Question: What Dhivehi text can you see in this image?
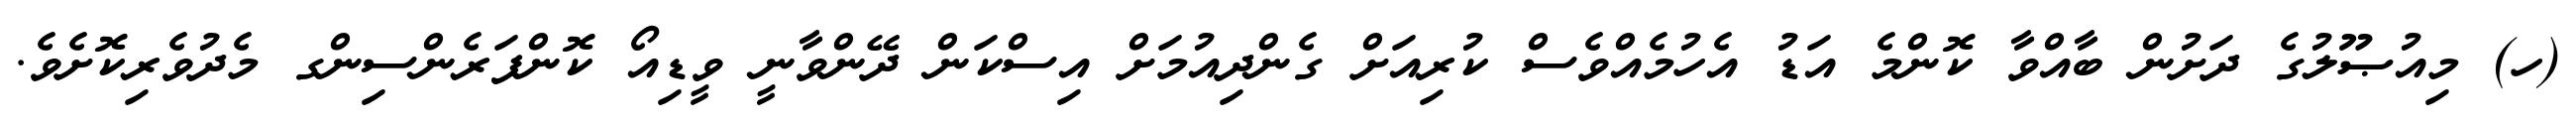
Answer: (ހ) މިއުޞޫލުގެ ދަށުން ބާއްވާ ކޮންމެ އަޑު އެހުމެއްވެސް ކުރިއަށް ގެންދިއުމަށް އިސްކަން ދޭންވާނީ ވީޑިއޯ ކޮންފަރެންސިންގ މެދުވެރިކޮށެވެ.